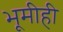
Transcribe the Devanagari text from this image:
भूमीही